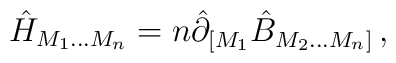
\hat{H}_{M_1\ldots M_n} =n \hat{\partial}_{[M_1} \hat{B}_{M_2 \ldots M_n ]} \,,